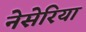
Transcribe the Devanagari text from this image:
नेसेरिया